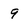
Character: 9